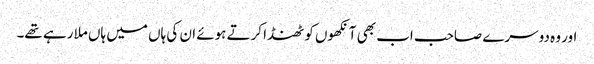
اور وہ دوسرے صاحب اب بھی آنکھوں کو ٹھنڈا کرتے ہوئے ان کی ہاں میں ہاں ملا رہے تھے۔